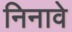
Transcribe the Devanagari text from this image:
निनावे